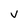
Character: V